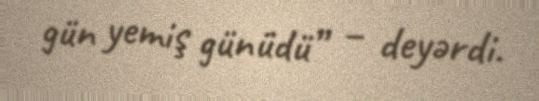
gün yemiş günüdü” – deyərdi.